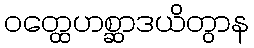
ဝတ္ထေဟစ္ဆာဒယိတွာန